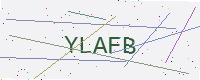
Text: YLAFB